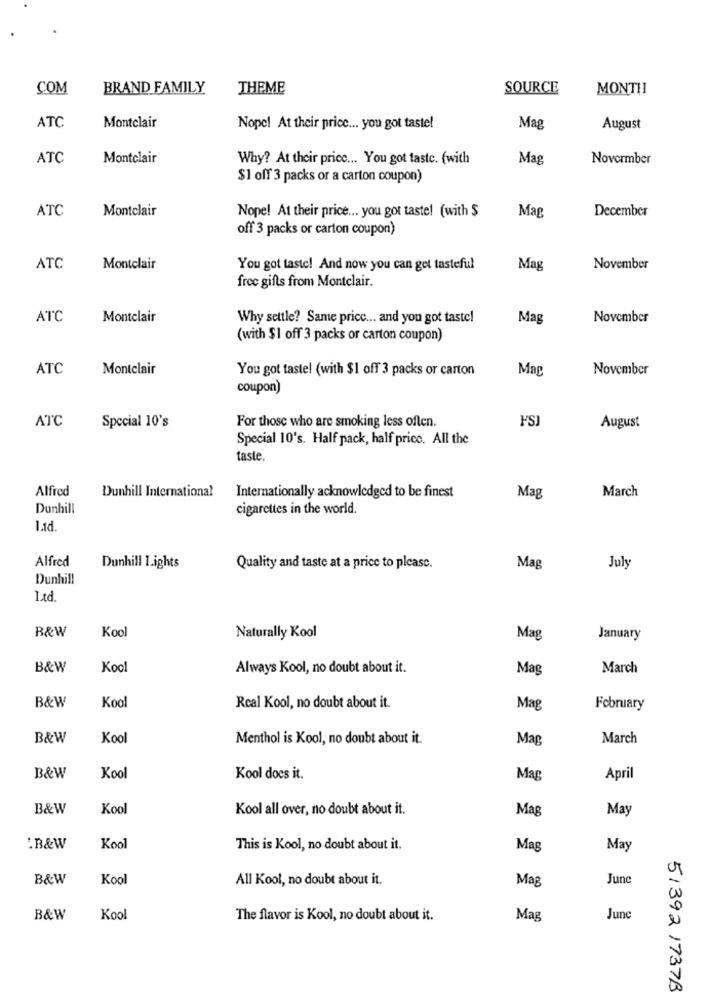
COM
BRAND FAMILY
THEME
SOURCE
MONTHI
ATC
Montclair
Nope! At their price ... you got taste!
Mag
August
ATC
Montclair
Why? At their price ... You got taste. (with
Mag
Novermber
$1 off 3 packs or a carton coupon)
ATC
Montclair
Mag
December
Nope! At their price ... you got taste! (with $
off 3 packs or carton coupon)
ATC
Montclair
You got taste! And now you can get tasteful
Mag
November
free gifts from Montclair.
ATC
Montclair
Why settle? Same price ... and you got taste!
Mag
November
(with $1 off 3 packs or carton coupon)
ATC
Montclair
You got tastel (with $1 off 3 packs or carton
Mag
November
coupon)
ATC
Special 10's
For those who are smoking less oflen.
FSJ
August
Special 10's. Half pack, half price. All the
taste.
Alfred
Dunhill International
March
Internationally acknowledged to be finest
Mag
Dunhill
cigarettes in the world.
pri
Alfred
Dunhill Lights
Quality and taste at a price to please.
Mag
July
Dunhill
Ltd.
B&W
Kool
Naturally Kool
Mag
January
B&W
Kool
Always Kool, no doubt about it.
Mag
March
B&W
Kool
Real Kool, no doubt about it.
Mag
February
B&W
Kool
Menthol is Kool, no doubt about it.
Mag
March
B&W
Kool
Kool does it.
Mag
April
B&W
Kool
Kool all over, no doubt about it.
Mag
May
:B&W
Kool
This is Kool, no doubt about it.
Mag
May
B&W
Kool
All Kool, no doubt about it.
Mag
June
B&W
Kool
The flavor is Kool, no doubt about it.
Mag
June
51392 1737B